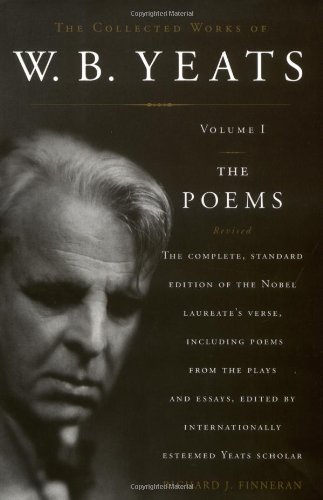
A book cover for The Collected Works of W.B. Yeats, Vol. 1: The Poems, 2nd Edition; Literature & Fiction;